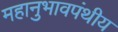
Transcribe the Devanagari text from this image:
महानुभावपंथीय